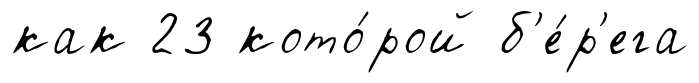
как 23 кото́рой б'е́р'ега